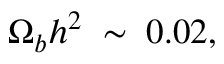
\Omega _ { b } h ^ { 2 } \; \sim \; 0 . 0 2 ,